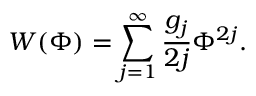
W ( \Phi ) = \sum _ { j = 1 } ^ { \infty } \frac { g _ { j } } { 2 j } \Phi ^ { 2 j } .